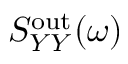
S _ { Y Y } ^ { \mathrm { o u t } } ( \omega )